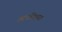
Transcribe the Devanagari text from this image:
आपत्तिग्रस्त